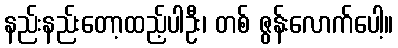
နည်းနည်းတော့ထည့်ပါဦး၊ တစ် ဇွန်းလောက်ပေါ့။